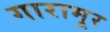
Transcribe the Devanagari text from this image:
गारामूर